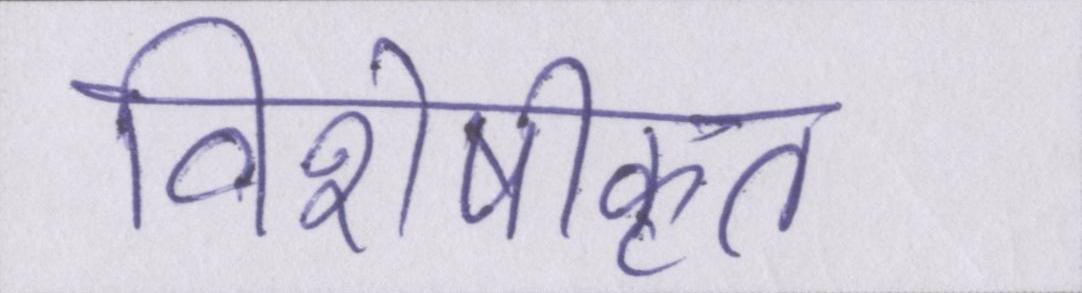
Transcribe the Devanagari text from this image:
विशेषीकृत